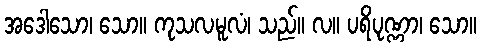
အဒေါသော၊ သော။ ကုသလမူလံ၊ သည်။ လ။ ပရိပုဏ္ဏာ၊ သော။